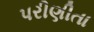
પરીણીતા